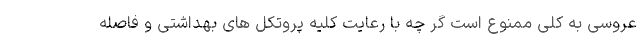
عروسی به کلی ممنوع است گر چه با رعایت کلیه پروتکل های بهداشتی و فاصله